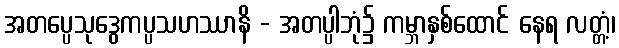
အတပ္ပေသုဒွေကပ္ပသဟဿာနိ - အတပ္ပါဘုံ၌ ကမ္ဘာနှစ်ထောင် နေရ လတ္တံ့၊